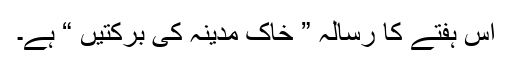
اس ہفتے کا رسالہ ” خاکِ مدینہ کی برکتیں “ ہے۔